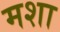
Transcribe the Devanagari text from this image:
मशा